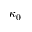
\kappa _ { 0 }